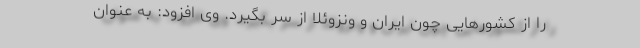
را از کشورهایی چون ایران و ونزوئلا از سر بگیرد. وی افزود: به عنوان